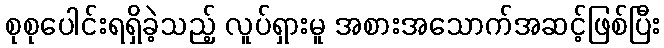
စုစုပေါင်းရရှိခဲ့သည့် လူပ်ရှားမူ အစားအသောက်အဆင့်ဖြစ်ပြီး